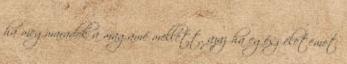
ha megmaradok a magamé mellett, azaz ha egész életemet